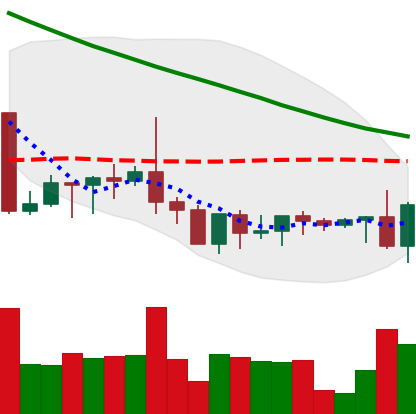
Ticker: XRP-USD
Chart end date: 2022-09-07
Forward return: 6.544%
Label: up_5_7